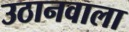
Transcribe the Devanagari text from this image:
उठानवाला